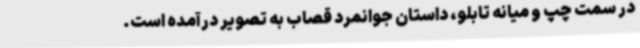
در سمت چپ و میانه تابلو، داستان جوانمرد قصاب به تصویر درآمده است.